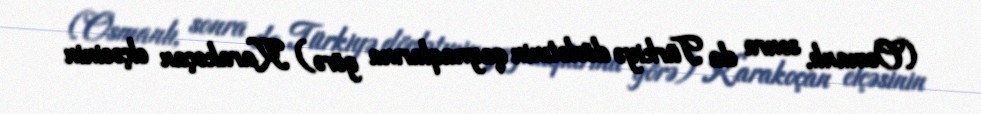
(Osmanlı, sonra da Türkiyə dövlətınin qaynaqlarına görə) Karakoçan elçəsinin